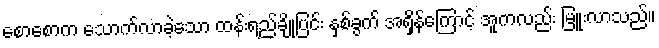
စောစောက သောက်လာခဲ့သော ထန်းရည်ချိုပြင်း နှစ်ခွက် အရှိန်ကြောင့် အူကလည်း မြူးလာသည်။